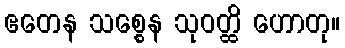
ဧတေန သစ္စေန သုဝတ္ထိ ဟောတု။